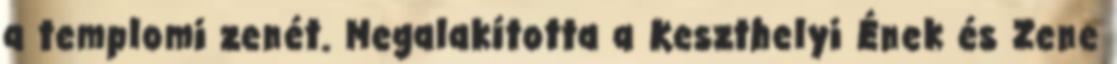
a templomi zenét. Megalakította a Keszthelyi Ének és Zene